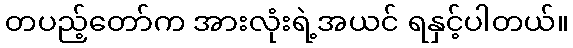
တပည့်တော်က အားလုံးရဲ့အယင် ရနှင့်ပါတယ်။